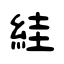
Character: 絓